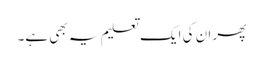
پھر ان کی ایک تعلیم یہ بھی ہے۔